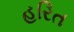
હરિત